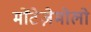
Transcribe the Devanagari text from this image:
मोंटेज़ेमोलो